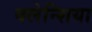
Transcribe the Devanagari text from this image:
वलेन्शिया